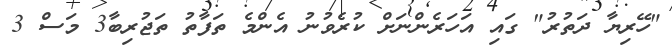
"ހޭރިޔާ ދަތުރު" ގައި އަހަރެންނަށް ކުރެވުނު އެންމެ ތަފާތު ތަޖުރިބާ3 މަސް 3